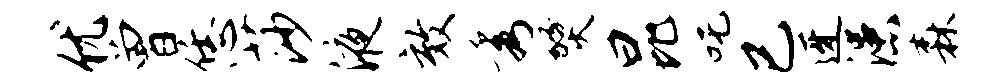
优曾恁莎液效秀燹昆吒已迓漶森